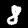
Digit: 8